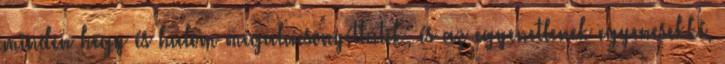
minden hegy és halom megalacsonyíttatik; és az egyenetlenek egyenesekké,